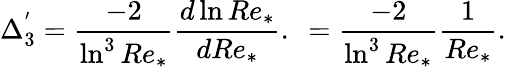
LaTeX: \Delta_{3}^{'}=\frac{-2}{\ln^{3}Re_{*}}\frac{d\ln Re_{*}}{dRe_{*}}.\ =\frac{-2}{\ln^{3}Re_{*}}\frac{1}{Re_{*}}.